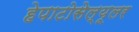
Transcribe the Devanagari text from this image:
हेपाटोसेल्यूलर